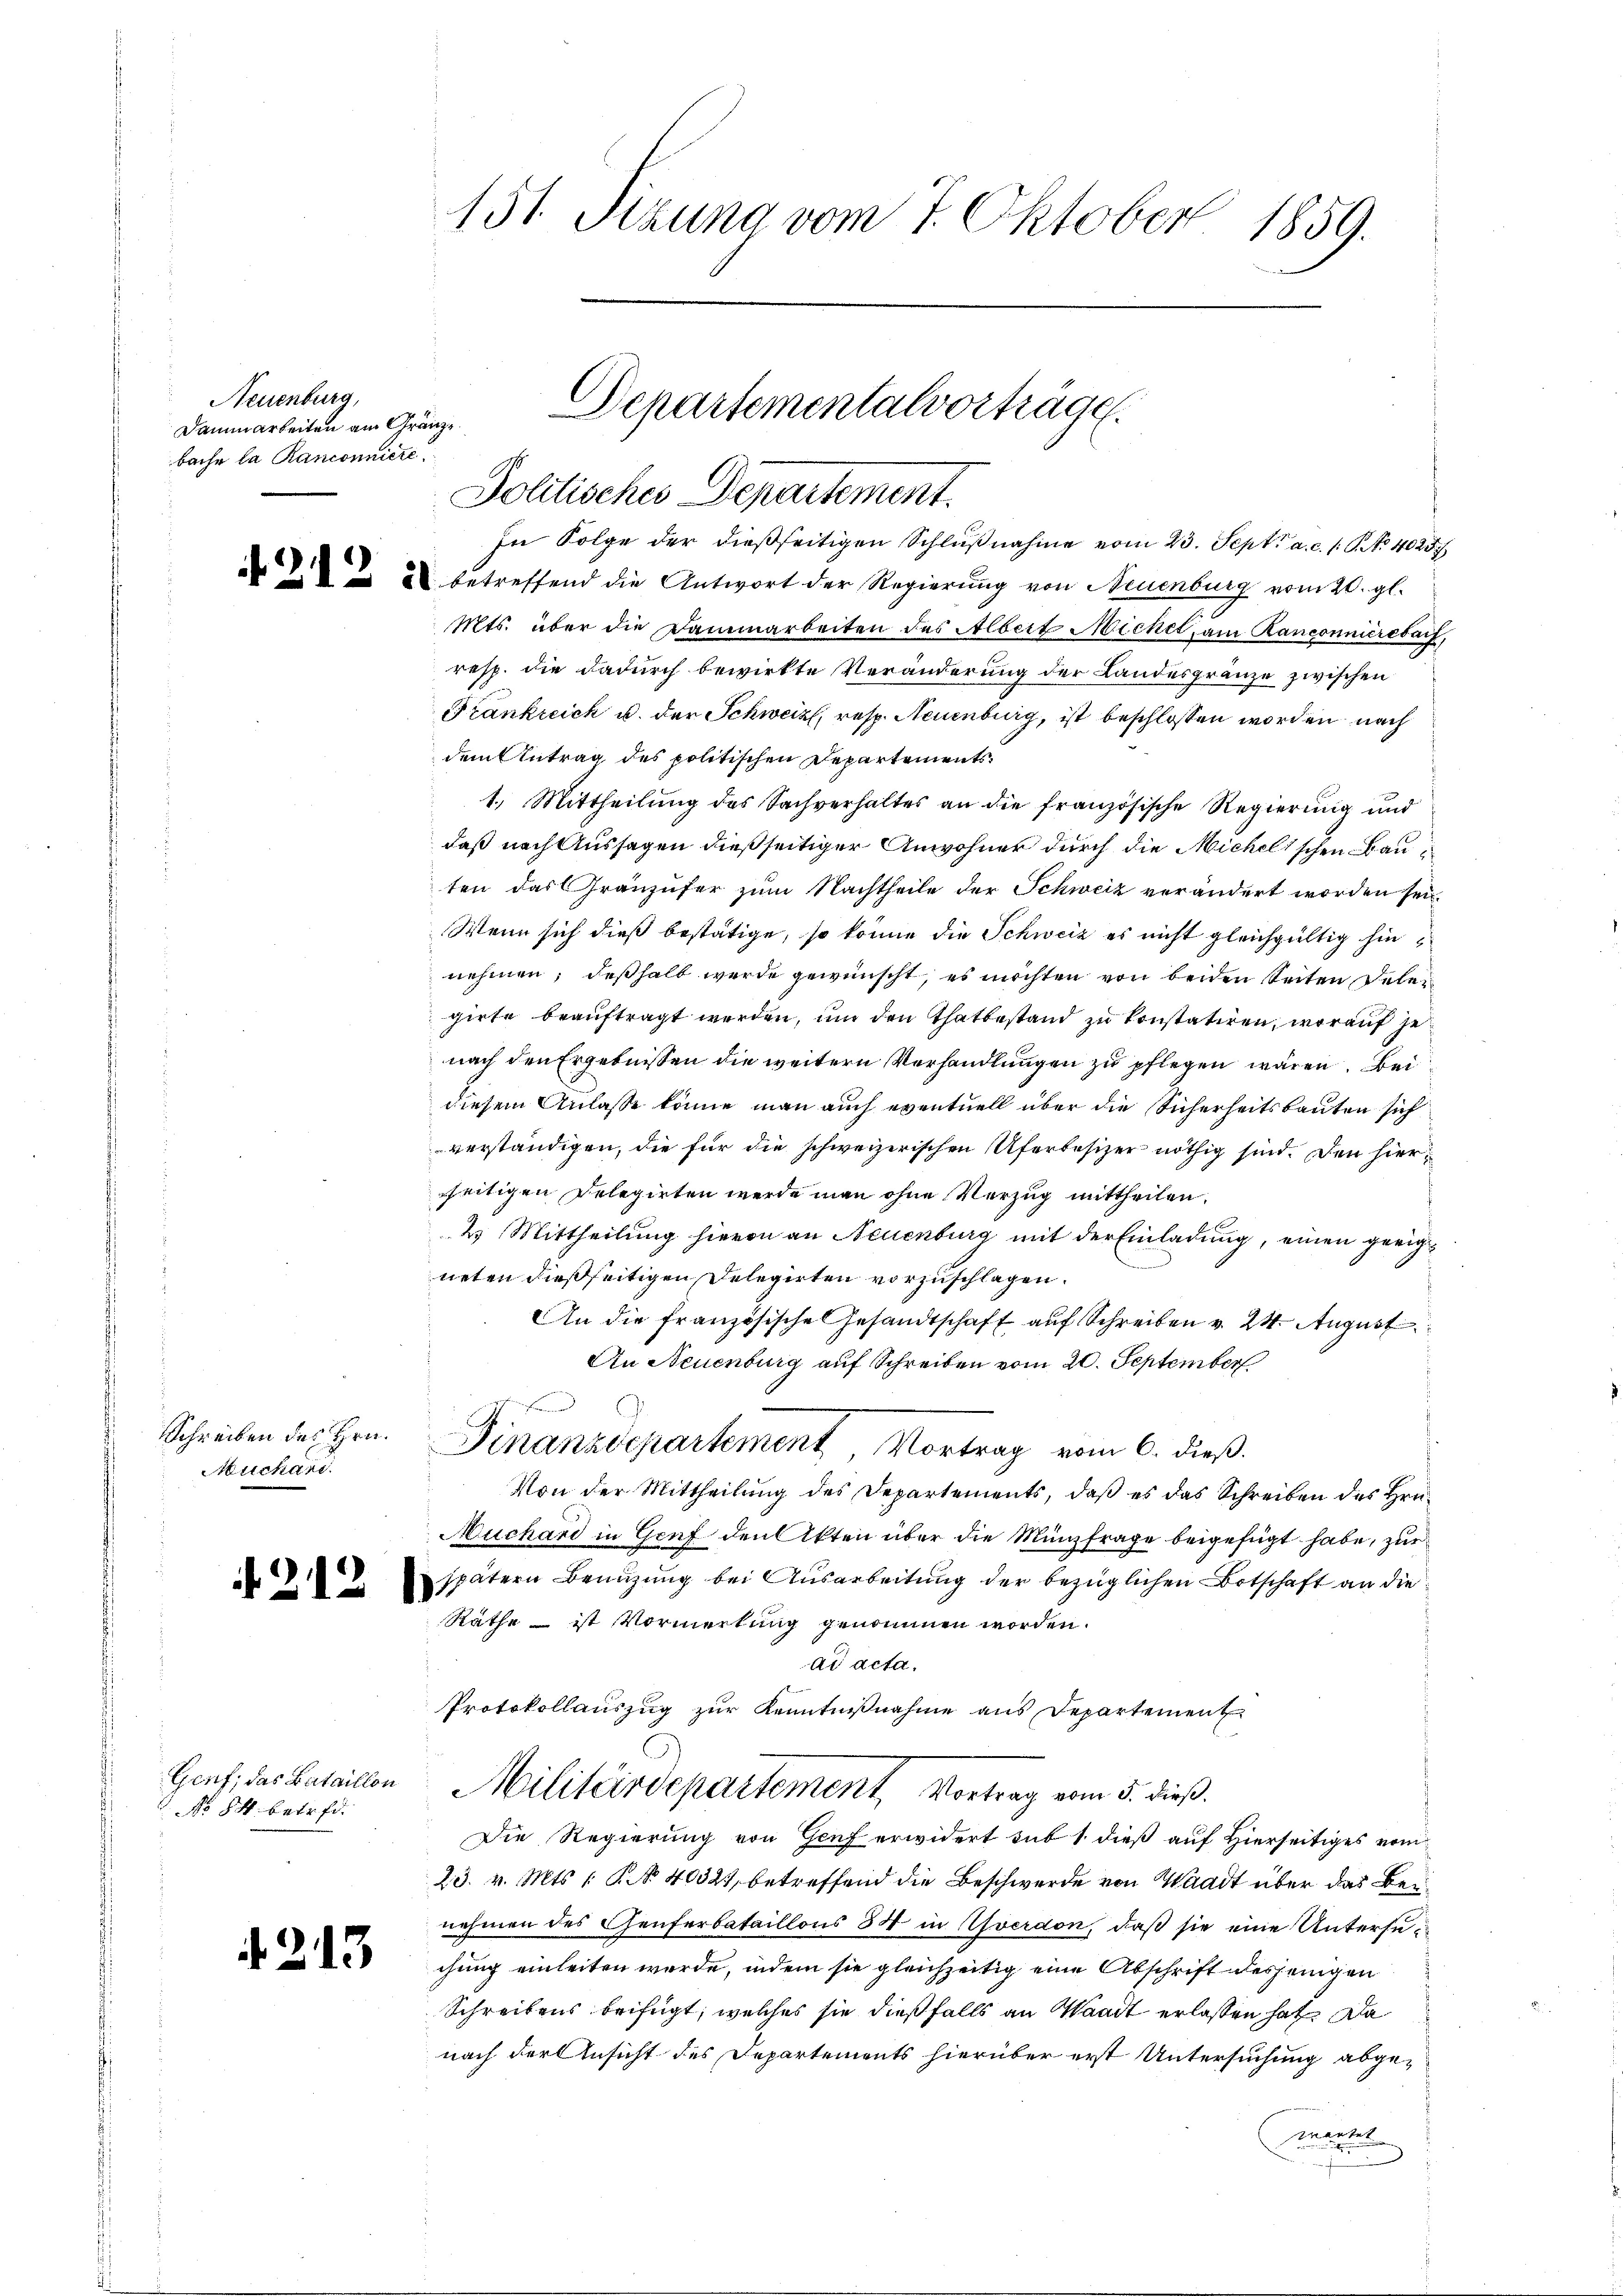
Neuenburg,
Dammarbeiten am Gr.
bache la Ranconniere.

21

21

.

e

Schreiben des Hrn.
Michari

Genf, das Bataillon
NNo 84. betrfd.

f. 213.

151 Sizung vom 7. Oktober 1859.

Mts. über die Dammarbeiten des Albert Michel, am Ranconnieredarf,
resp. die dadurch bewirkte Veränderung der Landesgränze zwischen
Frankreich u. der Schweiz, resp. Neuenburg, ist beschlossen worden, nach
dem Antrag des politischen Departements¬
1. Mittheilŭng des Sachverhaltes an die französische Regierŭng und
daß nach Aussagen dießseitiger Anwohner durch die Michelischen Bauten das Gränzufer zum Nachtheile der Schweiz verändert worden sei.
Wenn sich dieß bestätige, so könne die Schweiz es nicht gleichgültig hinnehmen; deßhalb wurde gewünscht, es möchten von beiden Seiten Deler
girte beauftragt werden, um den Thatbestand zu konstatiren, worauf jenach den Ergebnissen die weitern Verhandlungen zu pflegen wären. Bei
diesem Anlasse könne man auch eventuell über die Sicherheitsbauten sich
verständigen, die für die schweizerischen Uferbesizer nöthig sind. Den hierrseitigen Delegirten werde man ohne Vorzug mittheilen.
2 Mittheilung hievon an Neuenburg mit der Einladung, einen geeigneten dießseitigen Delegirten vorzuschlagen.
An die französische Gesandtschaft auf Schreiben v. 24. August
An Neuenburg auf Schreiben vom 20. September

Finanzdepartement Vortrag vom 6. dieß.
Von der Mittheilung des Departements, daß es das Schreiben des Hrn.
Nuchard in Genf den Akten über die Münzfrage beigefügt habe, zur
spätern Benuzung bei Ausarbeitung der bezüglichen Botschaft an die
Räthe – ist Vormerkung genommen worden.
ad acta,
Protokollauszug zur Kenntnißnahme aus Departement
Militärdepartement Vortrag vom 5. dieß.
Die Regierung von Genf erwidert sub 1. dieß auf Hierseitiges vom
23. v. Mts. 1 P. Nr. 40323, betreffend die Beschwerde von Waadt über das Beinehmen des Genferbataillons 34 in verdon, daß sie eine Untersuchung einleiten werde, indem sie gleichzeitig eine Abschrift desjenigen
Schreibens beifügt, welches sie dießfalls an Waadt erlassen hat. Da
nach der Ansicht des Departements hierüber erst Untersuchung abgemartet

Departementalvorträge
Lige
Politisches Departement.
In Folge der dießseitigen Schlußnahme vom 23. Sept. a. c. 1 S. No 4025.
 betreffend die Antwort der Regierung von Neuenburg vom 20. gl.